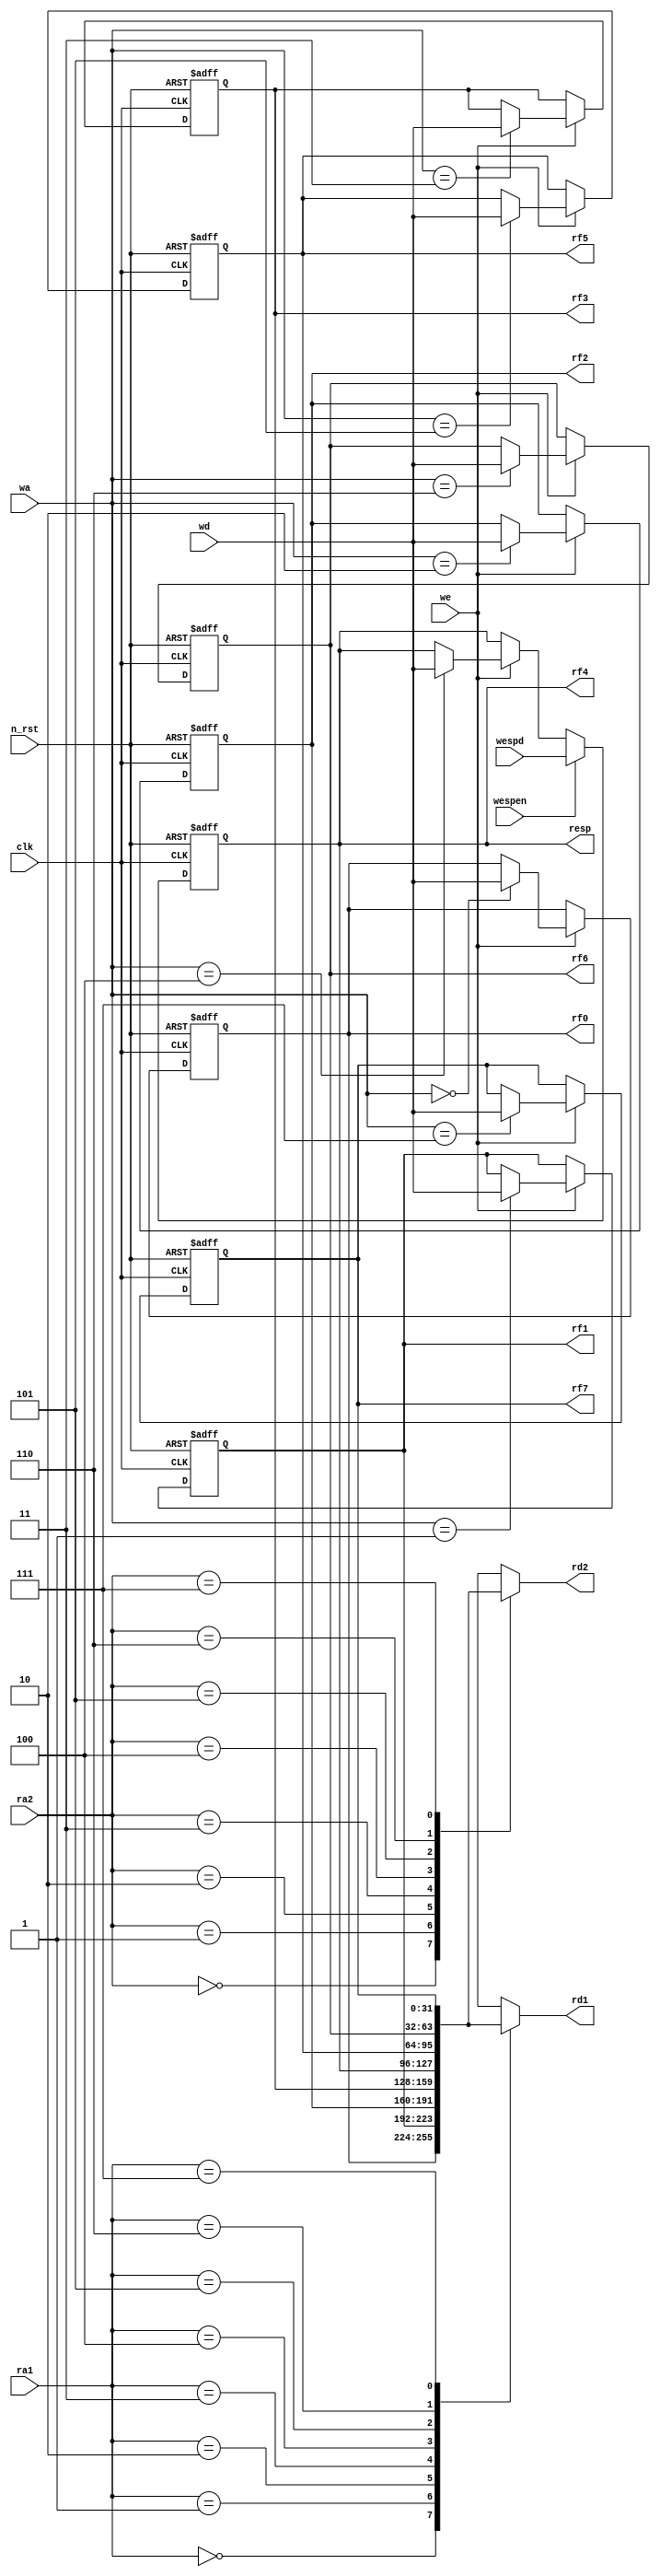
`define eax 3'b000
`define ecx 3'b001
`define edx 3'b010
`define ebx 3'b011
`define esp 3'b100
`define ebp 3'b101
`define esi 3'b110
`define edi 3'b111

module register_file ( ra1, ra2, wa, rd1, rd2, wd, we, wespd, wespen, resp, clk, n_rst, 
                       rf0, rf1, rf2, rf3, rf4, rf5, rf6, rf7 );
    input  [ 2:0] ra1, ra2, wa;
    output [31:0] rd1, rd2, resp,
                  rf0, rf1, rf2, rf3, rf4, rf5, rf6, rf7;
    input  [31:0] wd, wespd;
    input  we, wespen, clk, n_rst;
    integer i;

    reg [31:0] rf [0:7];


    always @( posedge clk or negedge n_rst ) begin
        if ( !n_rst ) begin
            for ( i=0; i<8; i=i+1 ) begin
                rf[i] <= 0;
            end
        end
        else begin
            if ( we ) begin
                rf[wa] <= wd;
            end
            if ( wespen ) begin
                rf[`esp] <= wespd;
            end
        end
    end
    
    assign rd1 = rf[ra1];
    assign rd2 = rf[ra2];
    assign resp = rf[`esp];

    assign rf0 = rf[0];
    assign rf1 = rf[1];
    assign rf2 = rf[2];
    assign rf3 = rf[3];
    assign rf4 = rf[4];
    assign rf5 = rf[5];
    assign rf6 = rf[6];
    assign rf7 = rf[7];
endmodule // resister_file